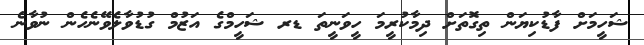
ޝަހީމަށް ފާޑުކިޔަން ތިގޮތަށް ދިމާކުރީމަ ހީވަނީތަ ޑރ ޝަހީމްގެ އަޒުމް ގުޑުވާލެވޭނެހެން ނުވާނެ